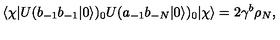
\langle \chi | U ( b _ { - 1 } b _ { - 1 } | 0 \rangle ) _ { 0 } U ( a _ { - 1 } b _ { - N } | 0 \rangle ) _ { 0 } | \chi \rangle = 2 \gamma ^ { b } \rho _ { N } ,